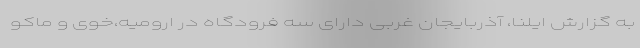
به گزارش ایلنا، آذربایجان غربی دارای سه فرودگاه در ارومیه،خوی و ماکو